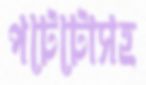
পটেটোসহ